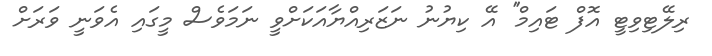
ރިލޭޓިވިޓީ އޮފް ޓައިމް'' އޭ ކިޔުނު ނަޒަރިއްޔާއަކަށްވީ ނަމަވެސް މީގައި އެވަނީ ވަރަށް